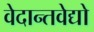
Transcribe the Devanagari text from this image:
वेदान्तवेद्यो